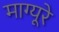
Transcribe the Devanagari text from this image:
माग्यूरे